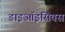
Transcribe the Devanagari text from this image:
डाइऑइसियस